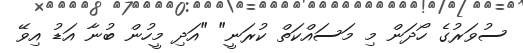
ސުވަރުގެ ހޯދަން މި މަސައްކަތް ކުރަނީ" "އަދި މީހުން ބުނާ އަޑު އިވޭ